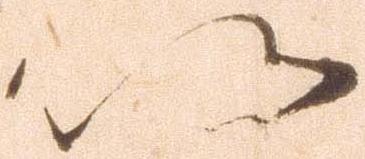
以